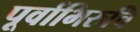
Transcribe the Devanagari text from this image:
पूर्वाभिरुचि